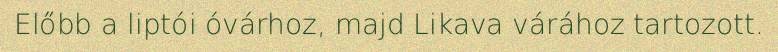
Előbb a liptói óvárhoz, majd Likava várához tartozott.